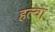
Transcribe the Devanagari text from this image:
हल्वा